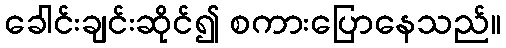
ခေါင်းချင်းဆိုင်၍ စကားပြောနေသည်။